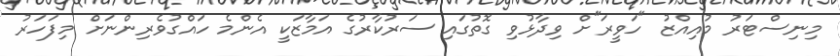
މިނިސްޓަރު މުުއިއްޒު "ހަވީރަ"ށް ވިދާޅުވި ގޮތުގައި ސަރުކާރުގެ އަމާޒަކީ އެންމެ ހައްގުވެރިންނަށް މިފަހަރު